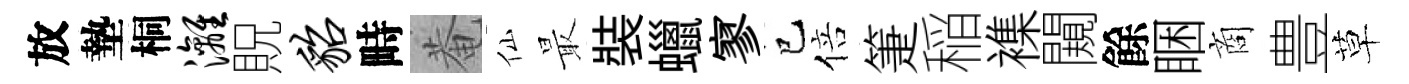
放墊桐漓貺貂畤菴仙最裝蠟寥巳倍箑稲襍闚餘睏商豊草